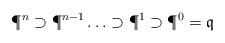
LaTeX: \begin{align*}\P^n\supset \P^{n-1}\ldots \supset \P^1\supset \P^0=\mathfrak q\end{align*}